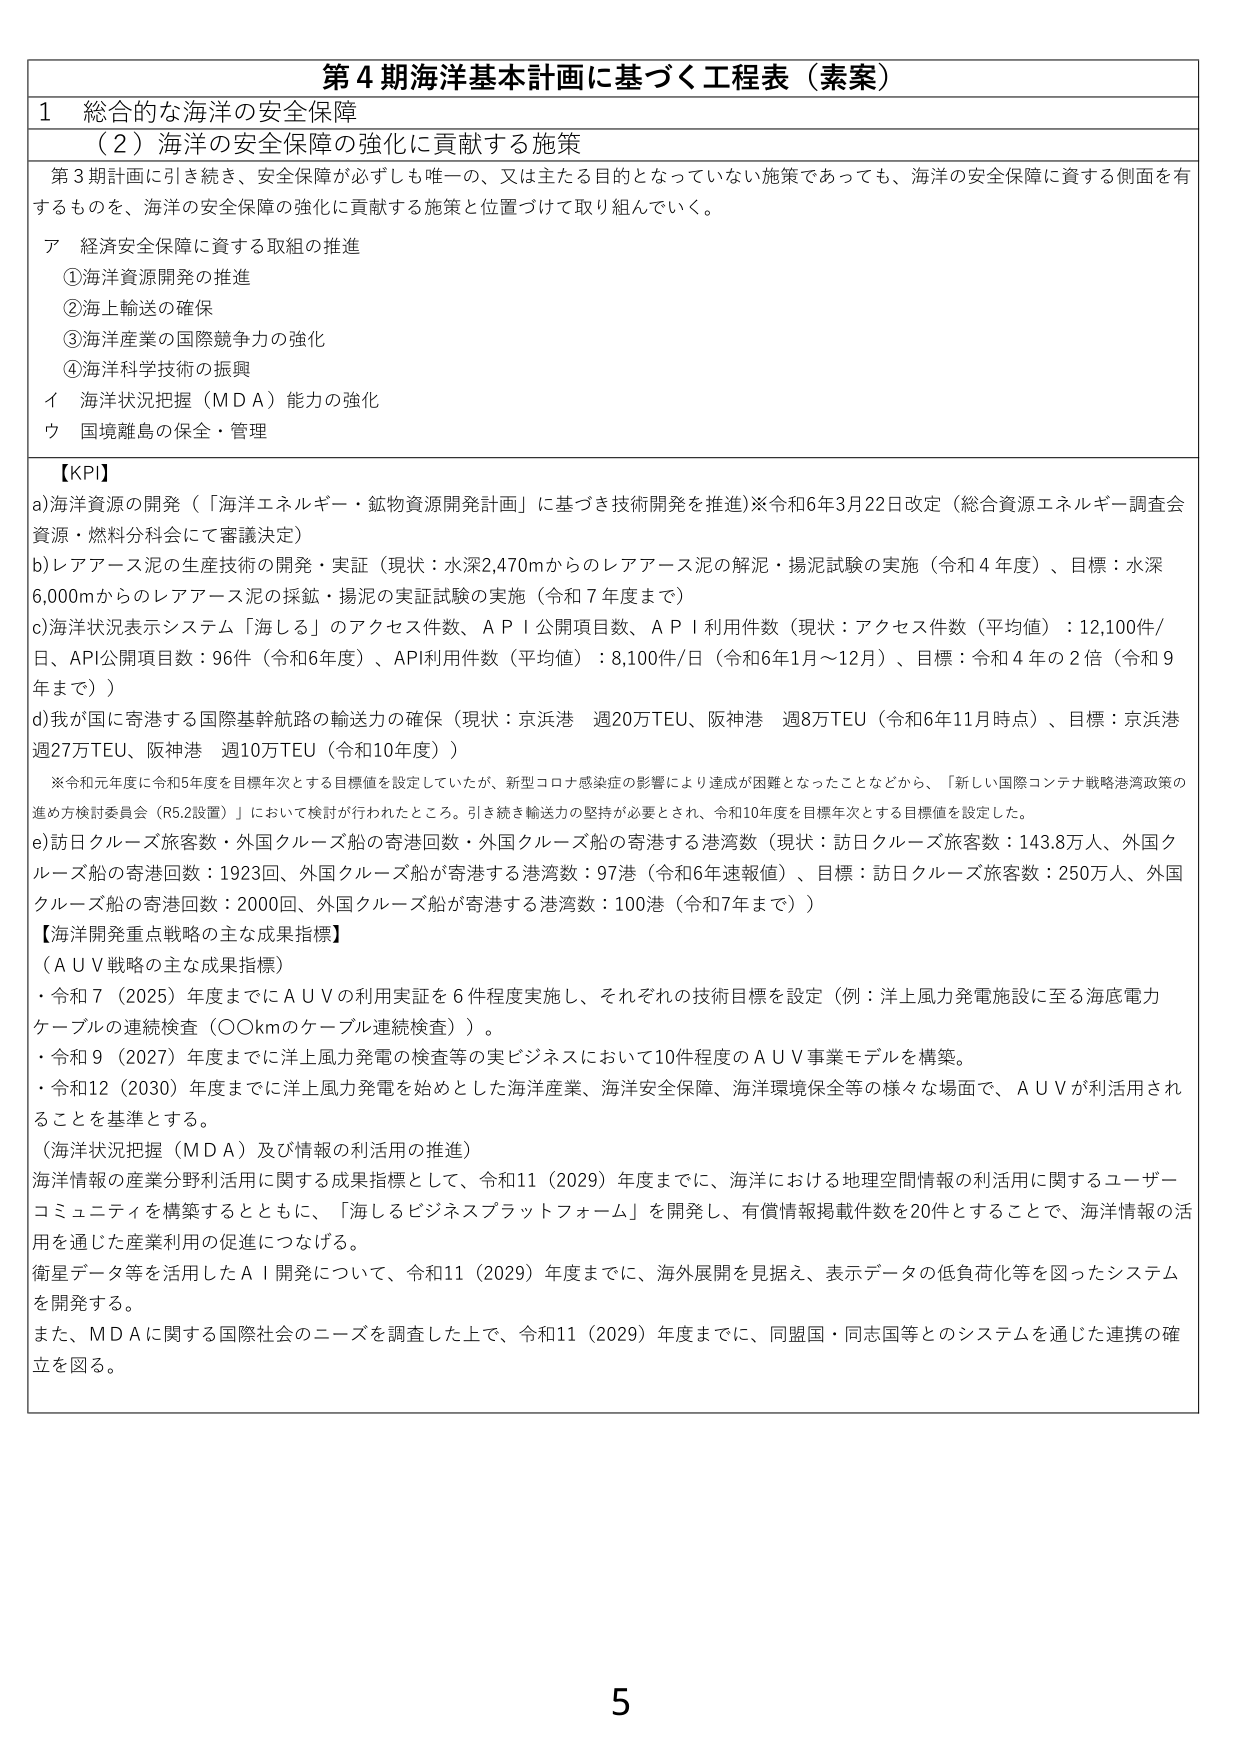
第４期海洋基本計画に基づく工程表（素案）

１ 総合的な海洋の安全保障
（２）海洋の安全保障の強化に貢献する施策

第３期計画に引き続き、安全保障が必ずしも唯一の、又は主たる目的となっていない施策であっても、海洋の安全保障に資する側面を有するものを、海洋の安全保障の強化に貢献する施策と位置づけて取り組んでいく。

ア 経済安全保障に資する取組の推進
①海洋資源開発の推進
②海上輸送の確保
③海洋産業の国際競争力の強化
④海洋科学技術の振興
イ 海洋状況把握（ＭＤＡ）能力の強化
ウ 国境離島の保全・管理

【KPI】
a)海洋資源の開発（「海洋エネルギー・鉱物資源開発計画」に基づき技術開発を推進）※令和6年3月22日改定（総合資源エネルギー調査会資源・燃料分科会にて審議決定）
b)レアアース泥の生産技術の開発・実証（現状：水深2,470mからのレアアース泥の解泥・揚泥試験の実施（令和４年度）、目標：水深6,000mからのレアアース泥の採鉱・揚泥の実証試験の実施（令和７年度まで）
c)海洋状況表示システム「海しる」のアクセス件数、ＡＰＩ公開項目数、ＡＰＩ利用件数（現状：アクセス件数（平均値）：12,100件/日、API公開項目数：96件（令和6年度）、API利用件数（平均値）：8,100件/日（令和6年1月～12月）、目標：令和４年の２倍（令和９年まで））
d)我が国に寄港する国際基幹航路の輸送力の確保（現状：京浜港 週20万TEU、阪神港 週8万TEU（令和6年11月時点）、目標：京浜港週27万TEU、阪神港 週10万TEU（令和10年度））

※令和元年度に令和5年度を目標年次とする目標値を設定していたが、新型コロナ感染症の影響により達成が困難となったことなどから、「新しい国際コンテナ戦略港湾政策の進め方検討委員会（R5.2設置）」において検討が行われたところ。引き続き輸送力の堅持が必要とされ、令和10年度を目標年次とする目標値を設定した。
e)訪日クルーズ旅客数・外国クルーズ船の寄港回数・外国クルーズ船の寄港する港湾数（現状：訪日クルーズ旅客数：143.8万人、外国クルーズ船の寄港回数：1923回、外国クルーズ船が寄港する港湾数：97港（令和6年速報値）、目標：訪日クルーズ旅客数：250万人、外国クルーズ船の寄港回数：2000回、外国クルーズ船が寄港する港湾数：100港（令和7年まで））

【海洋開発重点戦略の主な成果指標】
（ＡＵＶ戦略の主な成果指標）
・令和７（2025）年度までにＡＵＶの利用実証を６件程度実施し、それぞれの技術目標を設定（例：洋上風力発電施設に至る海底電力ケーブルの連続検査（〇〇kmのケーブル連続検査））。
・令和９（2027）年度までに洋上風力発電の検査等の実ビジネスにおいて10件程度のＡＵＶ事業モデルを構築。
・令和12（2030）年度までに洋上風力発電を始めとした海洋産業、海洋安全保障、海洋環境保全等の様々な場面で、ＡＵＶが利活用されることを基準とする。

（海洋状況把握（ＭＤＡ）及び情報の利活用の推進）
海洋情報の産業分野利活用に関する成果指標として、令和11（2029）年度までに、海洋における地理空間情報の利活用に関するユーザー・コミュニティを構築するとともに、「海しるビジネスプラットフォーム」を開発し、有償情報掲載件数を20件とすることで、海洋情報の活用を通じた産業利用の促進につなげる。
衛星データ等を活用したＡＩ開発について、令和11（2029）年度までに、海外展開を見据え、表示データの低負荷化等を図ったシステムを開発する。
また、ＭＤＡに関する国際社会のニーズを調査した上で、令和11（2029）年度までに、同盟国・同志国等とのシステムを通じた連携の確立を図る。

5